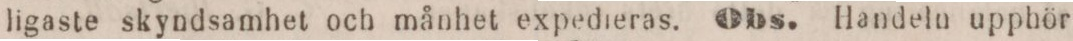
ligaste skyndsamhet och månhet expedreras. Obs. Handeln upphör